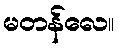
မတန်လေ။